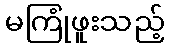
မကြုံဖူးသည့်